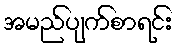
အမည်ပျက်စာရင်း